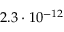
2 . 3 \cdot 1 0 ^ { - 1 2 }